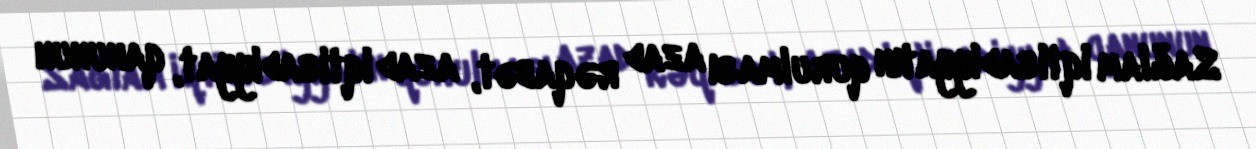
Sağlam iqtisadiyyatın qurulması azad rəqabət, azad iqtisadiyyat, qanunun